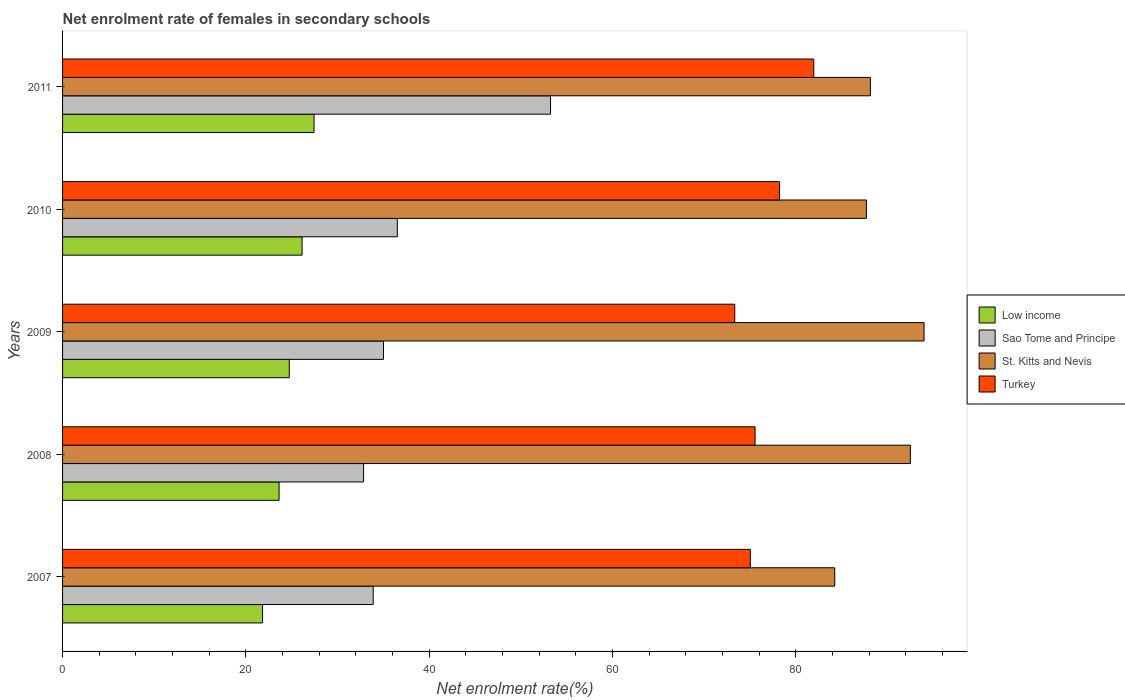
| Years | Low income | Sao Tome and Principe | St. Kitts and Nevis | Turkey |
 | --- | --- | --- | --- | --- |
 | 2007 | 21.8 | 33.9 | 84.2 | 75 |
 | 2008 | 23.6 | 32.8 | 92.5 | 75.5 |
 | 2009 | 24.7 | 35 | 94 | 73.3 |
 | 2010 | 26.1 | 36.5 | 87.7 | 78.2 |
 | 2011 | 27.4 | 53.2 | 88.1 | 81.9 |